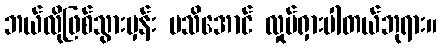
ဘယ်လိုဖြစ်သွားမှန်း မသိအောင် လှုပ်ရှားပါတယ်ဘုရား။